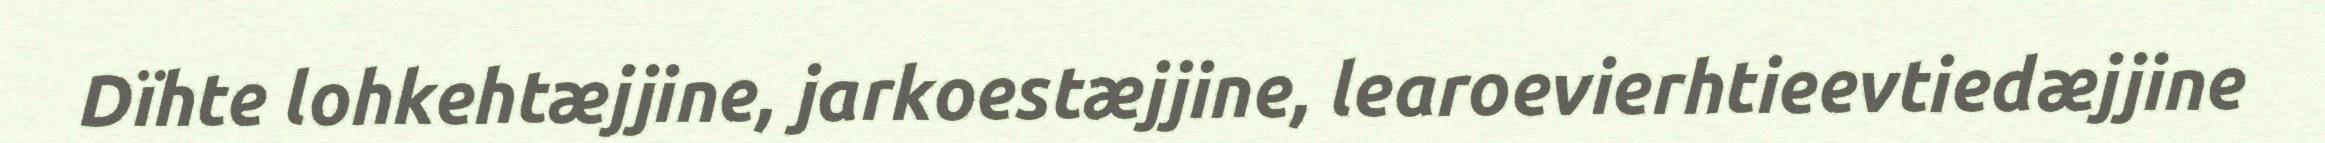
Dïhte lohkehtæjjine, jarkoestæjjine, learoevierhtieevtiedæjjine